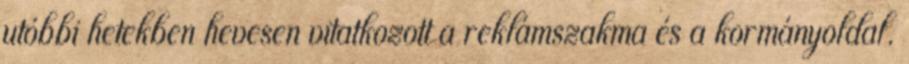
utóbbi hetekben hevesen vitatkozott a reklámszakma és a kormányoldal.